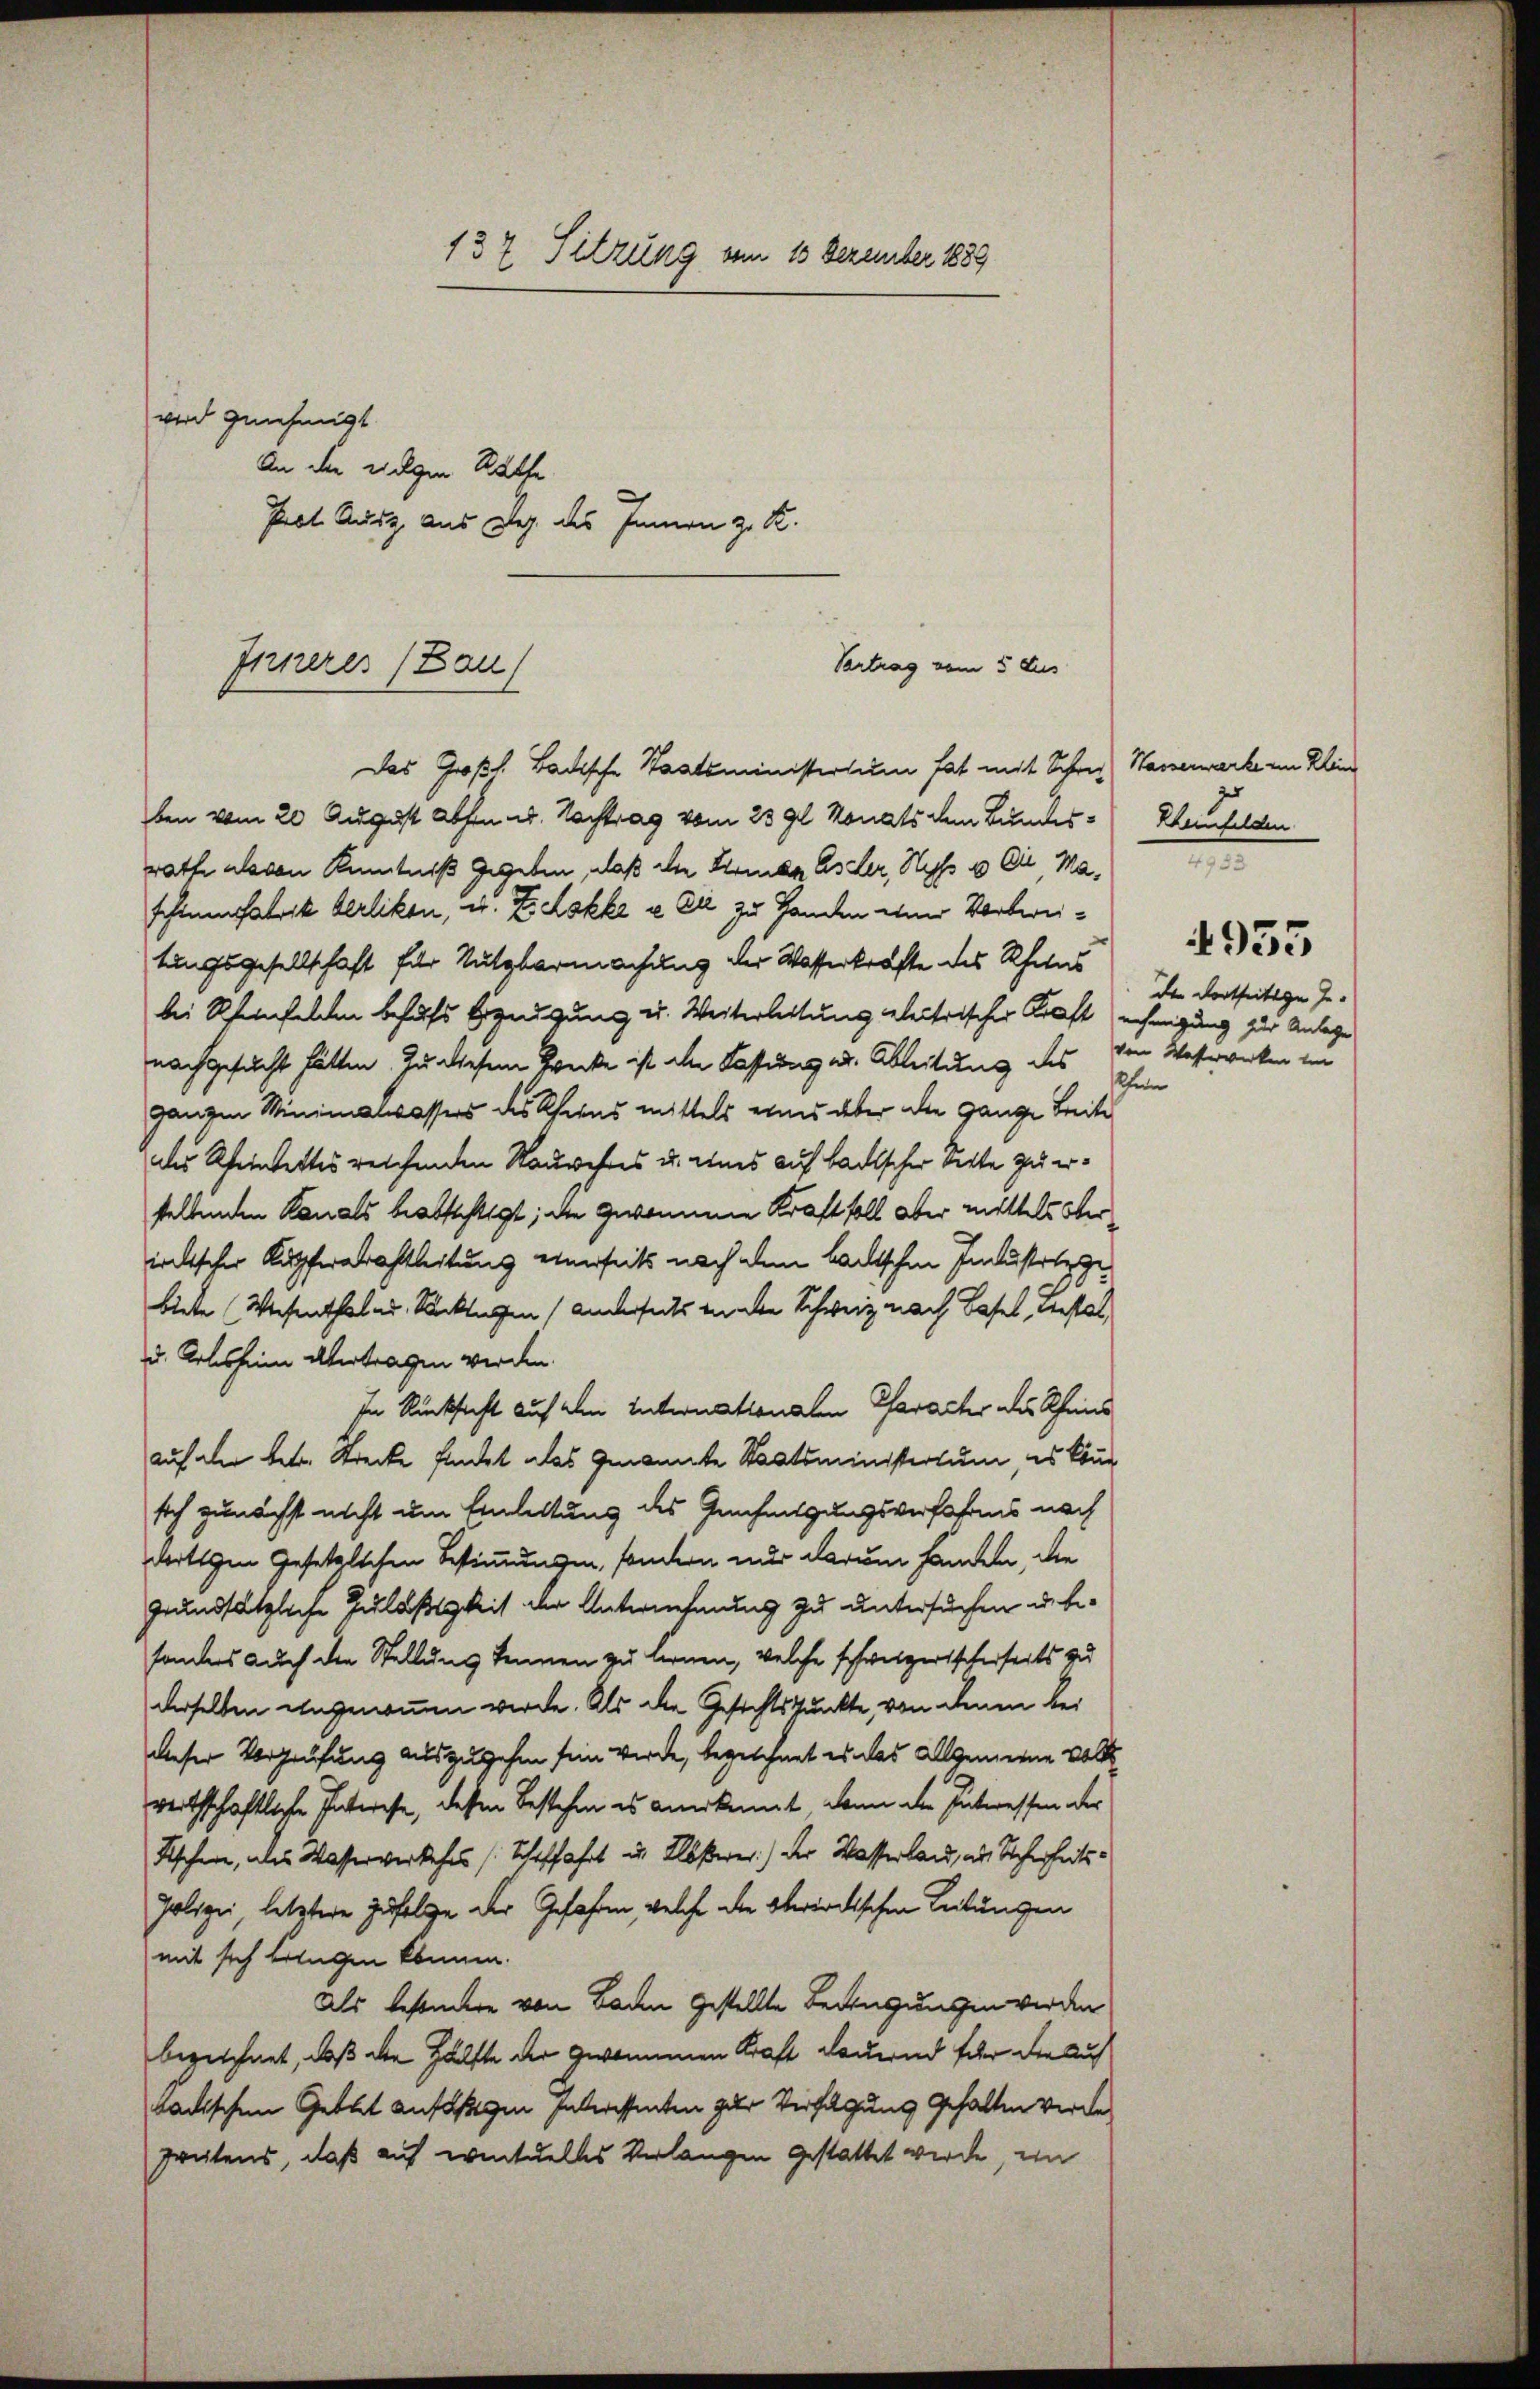
wird genehmigt
An die eigen Statte
Prot. Ausz aus Weg des Innern z. K.

137. Sitzung vom 13 Dezember 1889

Vertrag vom 5 des
Inneres (Bau

Das Großh. Badische Staatsministersum hat mit Schon Wassenwarte im Klein
ben vom 20. August abhin u. Nachtrag vom 23 gl. Monats dem Bundesrathe als von Kenntniß gegeben, daß die Armen Assler, Hyps u Die Maschinenfabrik Berlikon, u. Zskke u. Er zu Handen eine Vorbereitungsgesellschaft für Nutzbarmachung der Wasserkräfte des Rheins
bei Scheinfelden behufs bezeugung u. Weiterleitung gleitrischer Kraft nehmigung zur Anlage
nachgesucht hätten. Zu diesem Brecke ist alle Fassung u. Ableitung des Ehen
ganzen Minimalwassers des Kiens mittels eines über die ganze Breite
ders Rheintettes reichenden Nauwehres u. eines auf badischer Sette zu erstellenden Kanals beabsichtigt; die gewonnene Kraft soll aber mittels ober
iechischer Kupferarahtleitung einerseits nach dem lautschen Industritz gebiete (Wiesenthal u. Sacktagen (anderseits habe Schweiz nach Basel, Gestal
u. Arlesheim übertragen werden.
In Rücksicht auf den Internationalen Pfarachs des Rheins
auf der betr. Strecke findet das genannte Staatsministertum, es könn
sich zunächst nicht um Einlettung des Genehmigungsverfahrens nach
dortigen Gesetzlichen Bestimmungen, sondern nur darum handeln, die
grundsätzliche Zuläßigkeit der Unternehmung zu untersuchen debesonders auch die Stellung kennen zu lernen, welche schweizerischerseits zu
derselben eingenommen werde. Als die Gesichtspunkte, von denen bei
dieser Vorprüfung auszugehen sein werde, bezeichnet es das Allgemeine voll
werthschaftliche Interese, dessen Bestehen es anerkannt, dann die Interessen der
Fischen, als Wasserverkehrs (Schiffahrt u. Klösterer) der Wasserland, als Sicherheitspolizei letztere Zufolge der Gefahren, welche die oberirdischen Leitungen
mit sich bringen können.
Als besondere von Baden gestellte Bewegungen werden
bezeichnet, daß die Hälfte der genommen Kraft dauernd für die auf
tadischen Gettet anfähigen Interessenten zur Verfügung gehalten werde.
Grütens, daß auf eventuelles Verlangen gestattet werde, ein

Rheinfelden.
.
4935
de dortseitige Gevon Waserwerken in